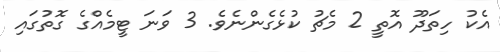
އެކު ހިތަދޫ އޮތީ 2 މެޗު ކުޅެގެންނެވެ. 3 ވަނަ ޓީމެއްގެ ގޮތުގައި